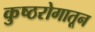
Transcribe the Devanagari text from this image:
कुष्ठरोगातून